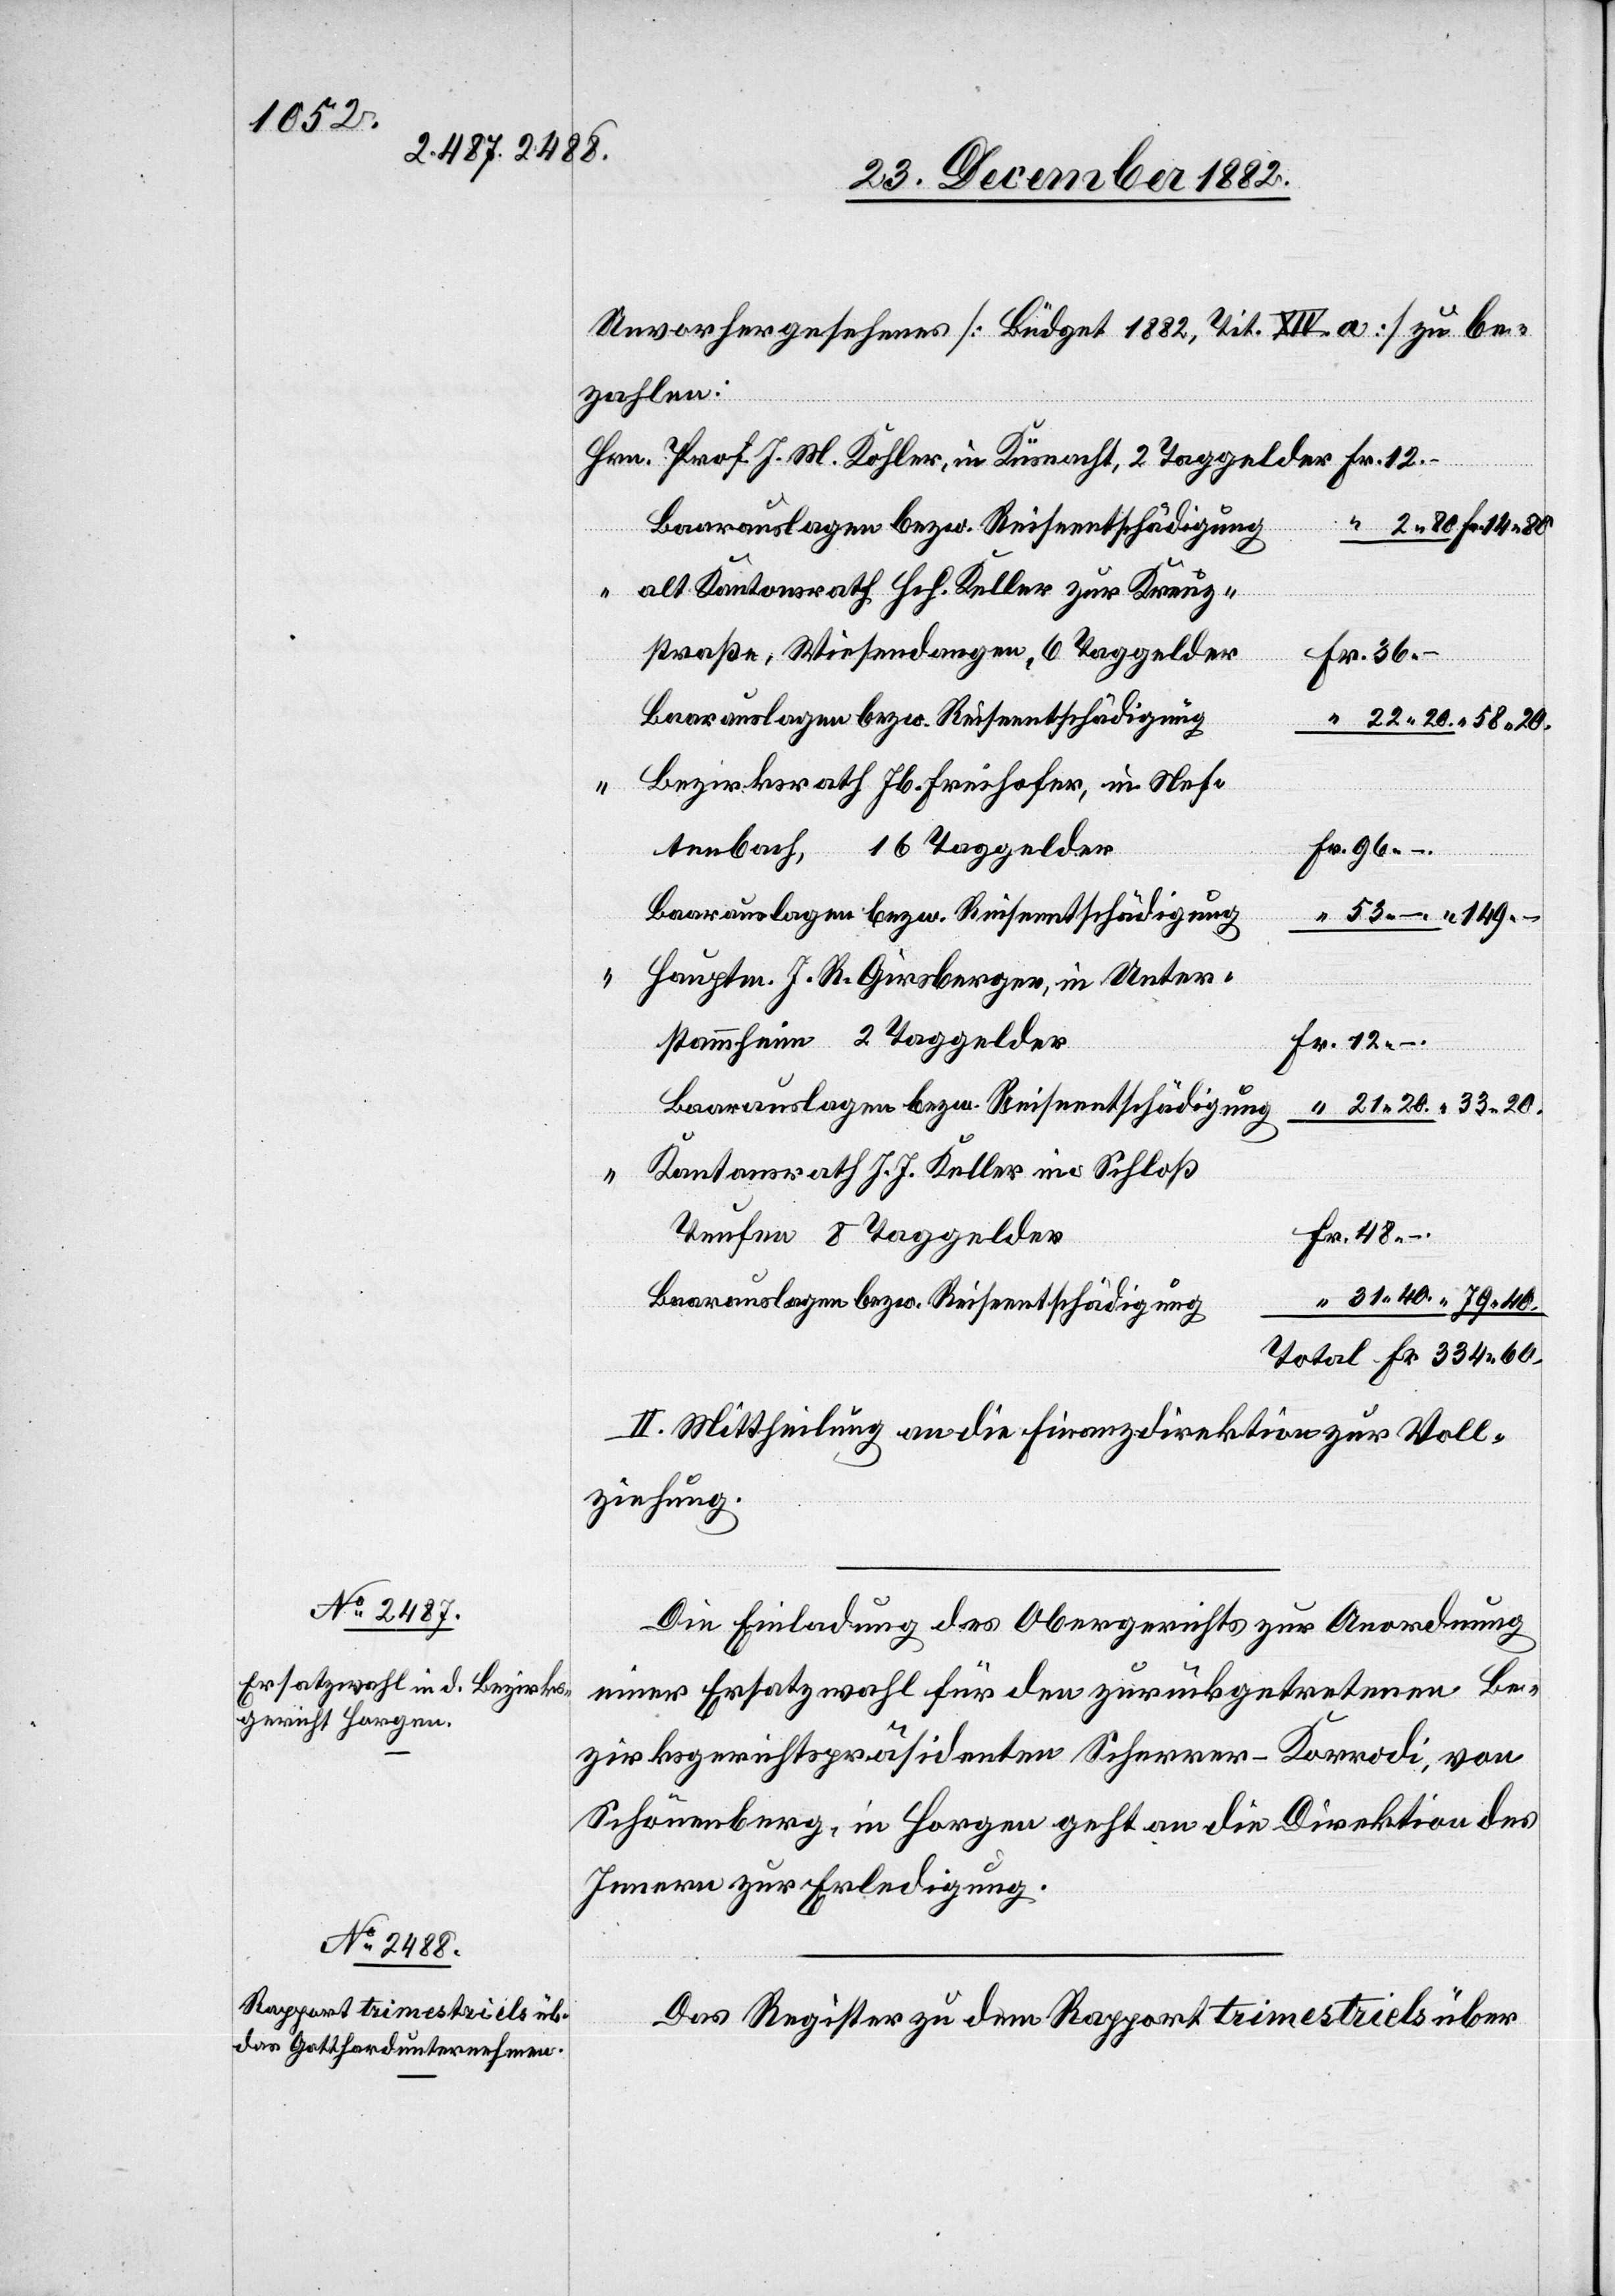
27. December 1882.]
Unvorhergesehenes [Büdget 1882, Tit. XIV. a] zu be¬
zahlen:
Prof. J. M. Kohler, in Küsnacht, 2 Taggelder
Baarauslagen bezw. Reiseentschädigung
alt Kantonsrath Hch. Keller zur Kranz¬
straße, Wiesendangen, 6 Taggelder
Bezirksrath Jb. Freihofer, in Nef¬
40.
tenbach, 16 Taggelder
Hauptm. J. R. Girsberger, in Unter¬
stammheim 2 Taggelder
Kantonsrath J. J. Keller im Schloß
Teufen 8 Taggelder
II. Mittheilung an die Finanzdirektion zur Voll¬
ziehung.
Die Einladung des Obergerichts zur Anordnung
einer Ersatzwahl für den zurückgetretenen Be¬
zirksgerichtspräsidenten Scherrer-Korrodi, von
Schönenberg, in Horgen geht an die Direktion des
Innern zur Erledigung.
Das Register zu dem Rapport trimestriels über

–.